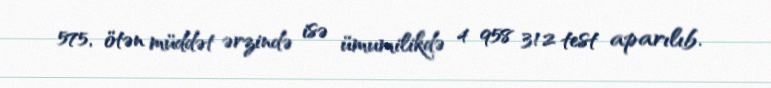
575, ötən müddət ərzində isə ümumilikdə 4 958 312 test aparılıb.